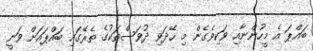
ބައްޕަ އެ މީހުންނާއި ވަކިވެގެން މި ހޭދަވި ދުވަސްތަކުގެ ތެރޭގައި ބައްޕައަށް ވަނީ